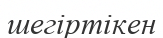
шегіртікен